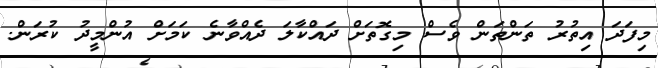
މިފަދަ އިތުރު ތަންތަން ވެސް މިގޮތަށް ދައްކާލަ ދެއްވާނެ ކަމަށް އުންމީދު ކުރަން.